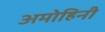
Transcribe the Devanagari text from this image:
अमोहिनी